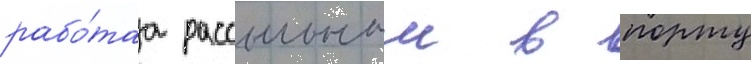
рабо́таа рассыльным в порту